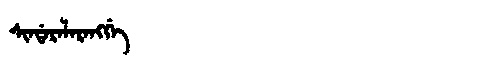
Manchu: ᠰᡳᠨᡩᠠᡵᠠᠯᠠᡵᠠᠩᡤᡝ
Romanization: SINDARALARANGGE